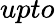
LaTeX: upto